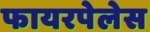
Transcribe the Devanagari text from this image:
फायरपेलेस